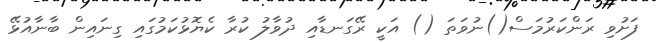
ފަށުވި ރަންކަރުމަސް()ނުވަތަ () އަކީ ރޭގަނޑާއި ދުވާލު ކުރާ ކެޔޮޅުކަމުގައި ގިނައިން ބާނާއުޅޭ